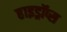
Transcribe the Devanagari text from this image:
हाइड्रॉप्स